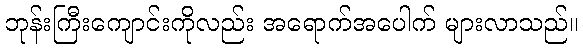
ဘုန်းကြီးကျောင်းကိုလည်း အရောက်အပေါက် များလာသည်။